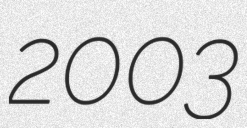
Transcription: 2003